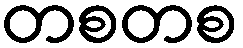
တစတစ